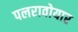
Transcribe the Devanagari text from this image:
पलरावोयार